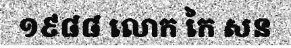
១៩៨៨ លោក កៃ សន